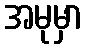
အမုမှာ